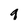
Character: g